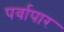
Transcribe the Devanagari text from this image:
पर्वापार